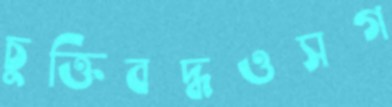
চুক্তিবদ্ধওসগ